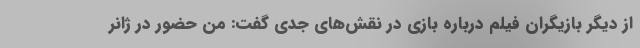
از دیگر بازیگران فیلم درباره بازی در نقش‌های جدی گفت: من حضور در ژانر